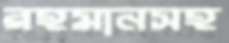
রহমানসহ